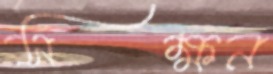
সক্ষন